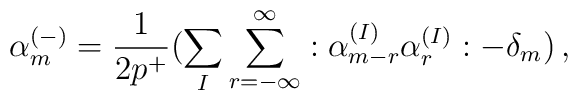
\alpha^{(-)}_m=\frac{1}{2p^+}(\sum_{I}\sum_{r=-\infty}^{\infty}:\alpha^{(I)}_{m-r}\alpha^{(I)}_r:-\delta_m)\, ,